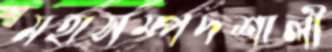
মহাসম্পদশালী